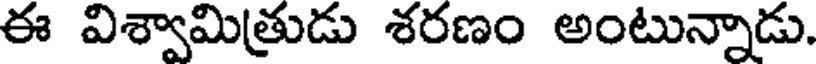
ఈ విశ్వామిత్రుడు శరణం అంటున్నాడు.